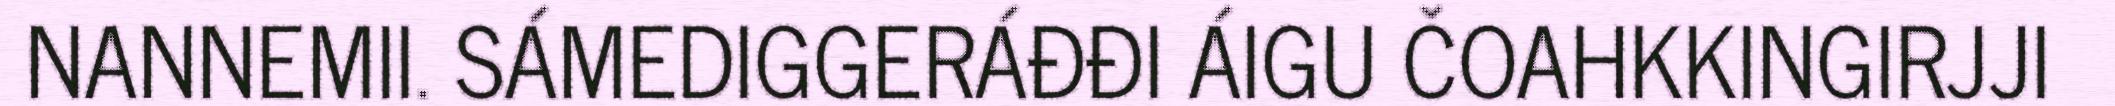
NANNEMII. SÁMEDIGGERÁĐĐI ÁIGU ČOAHKKINGIRJJI